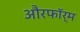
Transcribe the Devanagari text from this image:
औरफॉर्म